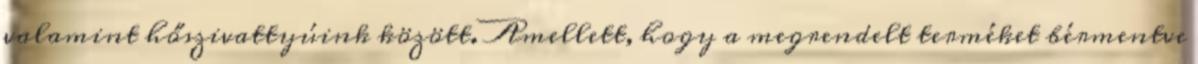
valamint hőszivattyúink között. Amellett, hogy a megrendelt terméket bérmentve